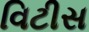
વિટીસ